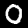
Digit: 0